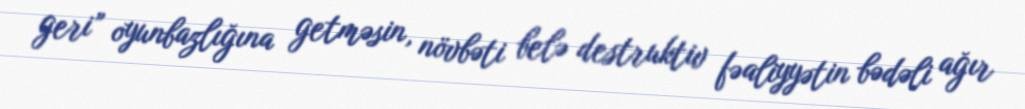
geri” oyunbazlığına getməsin, növbəti belə destruktiv fəaliyyətin bədəli ağır